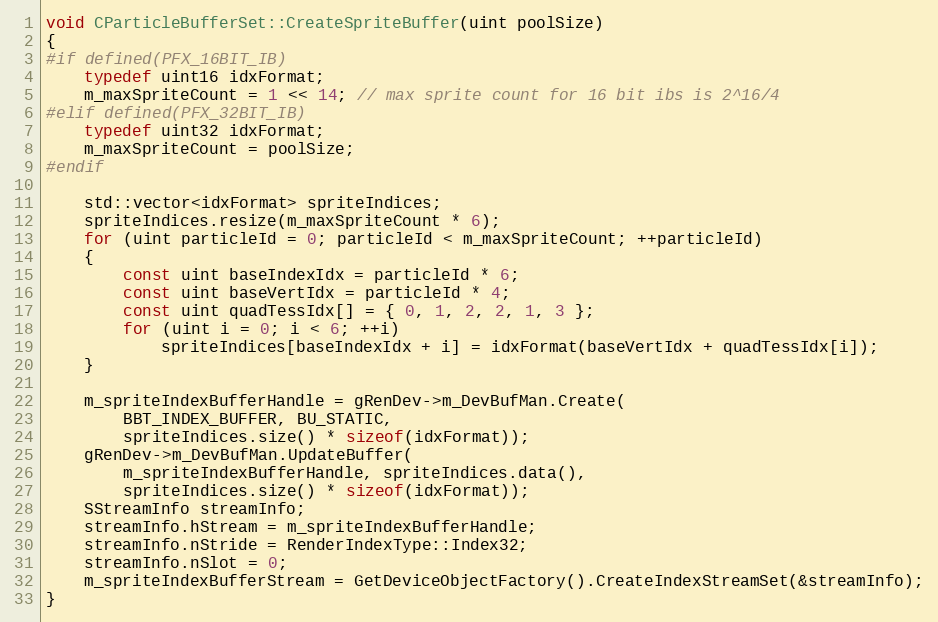
Language: C++
void CParticleBufferSet::CreateSpriteBuffer(uint poolSize)
{
#if defined(PFX_16BIT_IB)
	typedef uint16 idxFormat;
	m_maxSpriteCount = 1 << 14; // max sprite count for 16 bit ibs is 2^16/4
#elif defined(PFX_32BIT_IB)
	typedef uint32 idxFormat;
	m_maxSpriteCount = poolSize;
#endif

	std::vector<idxFormat> spriteIndices;
	spriteIndices.resize(m_maxSpriteCount * 6);
	for (uint particleId = 0; particleId < m_maxSpriteCount; ++particleId)
	{
		const uint baseIndexIdx = particleId * 6;
		const uint baseVertIdx = particleId * 4;
		const uint quadTessIdx[] = { 0, 1, 2, 2, 1, 3 };
		for (uint i = 0; i < 6; ++i)
			spriteIndices[baseIndexIdx + i] = idxFormat(baseVertIdx + quadTessIdx[i]);
	}

	m_spriteIndexBufferHandle = gRenDev->m_DevBufMan.Create(
		BBT_INDEX_BUFFER, BU_STATIC,
		spriteIndices.size() * sizeof(idxFormat));
	gRenDev->m_DevBufMan.UpdateBuffer(
		m_spriteIndexBufferHandle, spriteIndices.data(),
		spriteIndices.size() * sizeof(idxFormat));
	SStreamInfo streamInfo;
	streamInfo.hStream = m_spriteIndexBufferHandle;
	streamInfo.nStride = RenderIndexType::Index32;
	streamInfo.nSlot = 0;
	m_spriteIndexBufferStream = GetDeviceObjectFactory().CreateIndexStreamSet(&streamInfo);
}